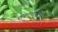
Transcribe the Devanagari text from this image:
शबदावालियों